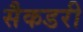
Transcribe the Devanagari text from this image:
सैकडरी